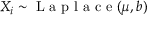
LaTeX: X _ { i } \sim { \textrm { L a p l a c e } } ( \mu , b )